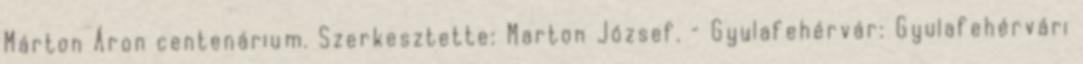
Márton Áron centenárium. Szerkesztette: Marton József. – Gyulafehérvár: Gyulafehérvári